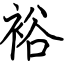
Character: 裕